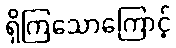
ရှိကြသောကြောင့်